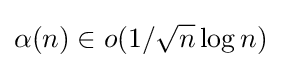
\alpha (n)\in o(1/{\sqrt {n}}\log n)